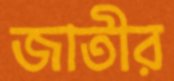
জাতীর